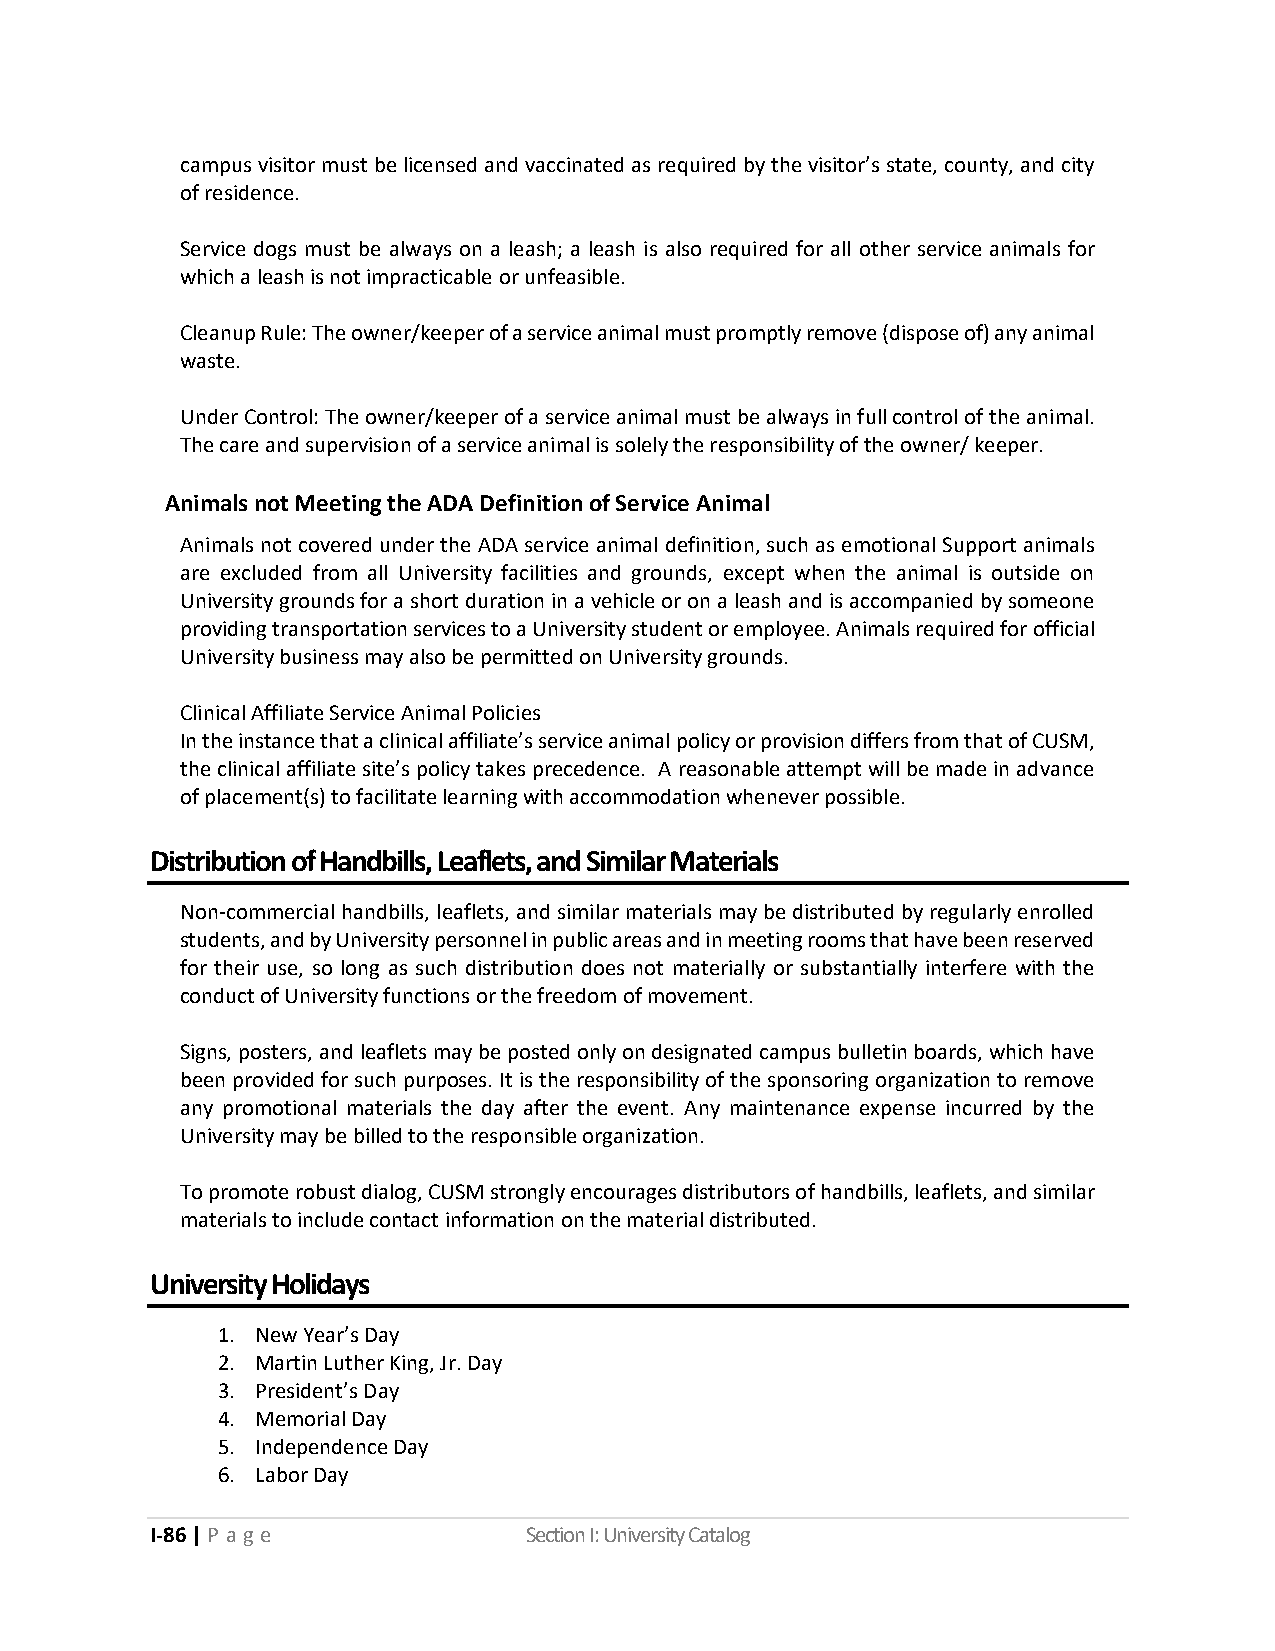
campus visitor must be licensed and vaccinated as required by the visitor’s state, county, and city
 of residence.
 Service dogs must be always on a leash; a leash is also required for all other service animals for
 which a leash is not impracticable or unfeasible.
 Cleanup Rule: The owner/keeper of a service animal must promptly remove (dispose of) any animal
 waste.
 Under Control: The owner/keeper of a service animal must be always in full control of the animal.
 The care and supervision of a service animal is solely the responsibility of the owner/ keeper.
 Animals not Meeting the ADA Definition of Service Animal
 Animals not covered under the ADA service animal definition, such as emotional Support animals
 are excluded from all University facilities and grounds, except when the animal is outside on
 University grounds for a short duration in a vehicle or on a leash and is accompanied by someone
 providing transportation services to a University student or employee. Animals required for official
 University business may also be permitted on University grounds.
 Clinical Affiliate Service Animal Policies
 In the instance that a clinical affiliate’s service animal policy or provision differs from that of CUSM,
 the clinical affiliate site’s policy takes precedence. A reasonable attempt will be made in advance
 of placement(s) to facilitate learning with accommodation whenever possible.
 Distribution of Handbills, Leaflets, and Similar Materials
 Non-commercial handbills, leaflets, and similar materials may be distributed by regularly enrolled
 students, and by University personnel in public areas and in meeting rooms that have been reserved
 for their use, so long as such distribution does not materially or substantially interfere with the
 conduct of University functions or the freedom of movement.
 Signs, posters, and leaflets may be posted only on designated campus bulletin boards, which have
 been provided for such purposes. It is the responsibility of the sponsoring organization to remove
 any promotional materials the day after the event. Any maintenance expense incurred by the
 University may be billed to the responsible organization.
 To promote robust dialog, CUSM strongly encourages distributors of handbills, leaflets, and similar
 materials to include contact information on the material distributed.
 University Holidays
 1. New Year’s Day
 2. Martin Luther King, Jr. Day
 3. President’s Day
 4. Memorial Day
 5. Independence Day
 6. Labor Day
 I-86 | P a ge            Section I: University Catalog